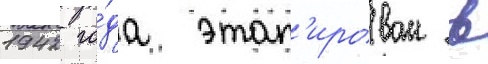
1942 го́да этап'ирован в